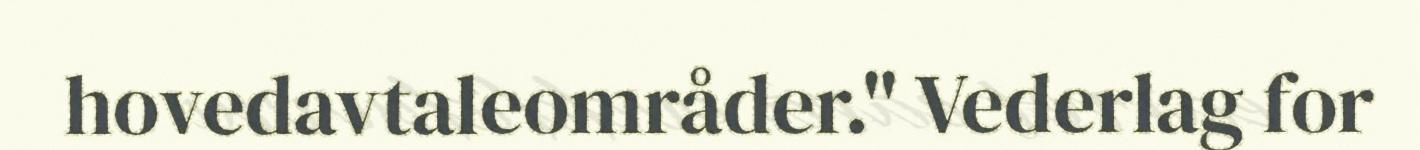
hovedavtaleområder." Vederlag for